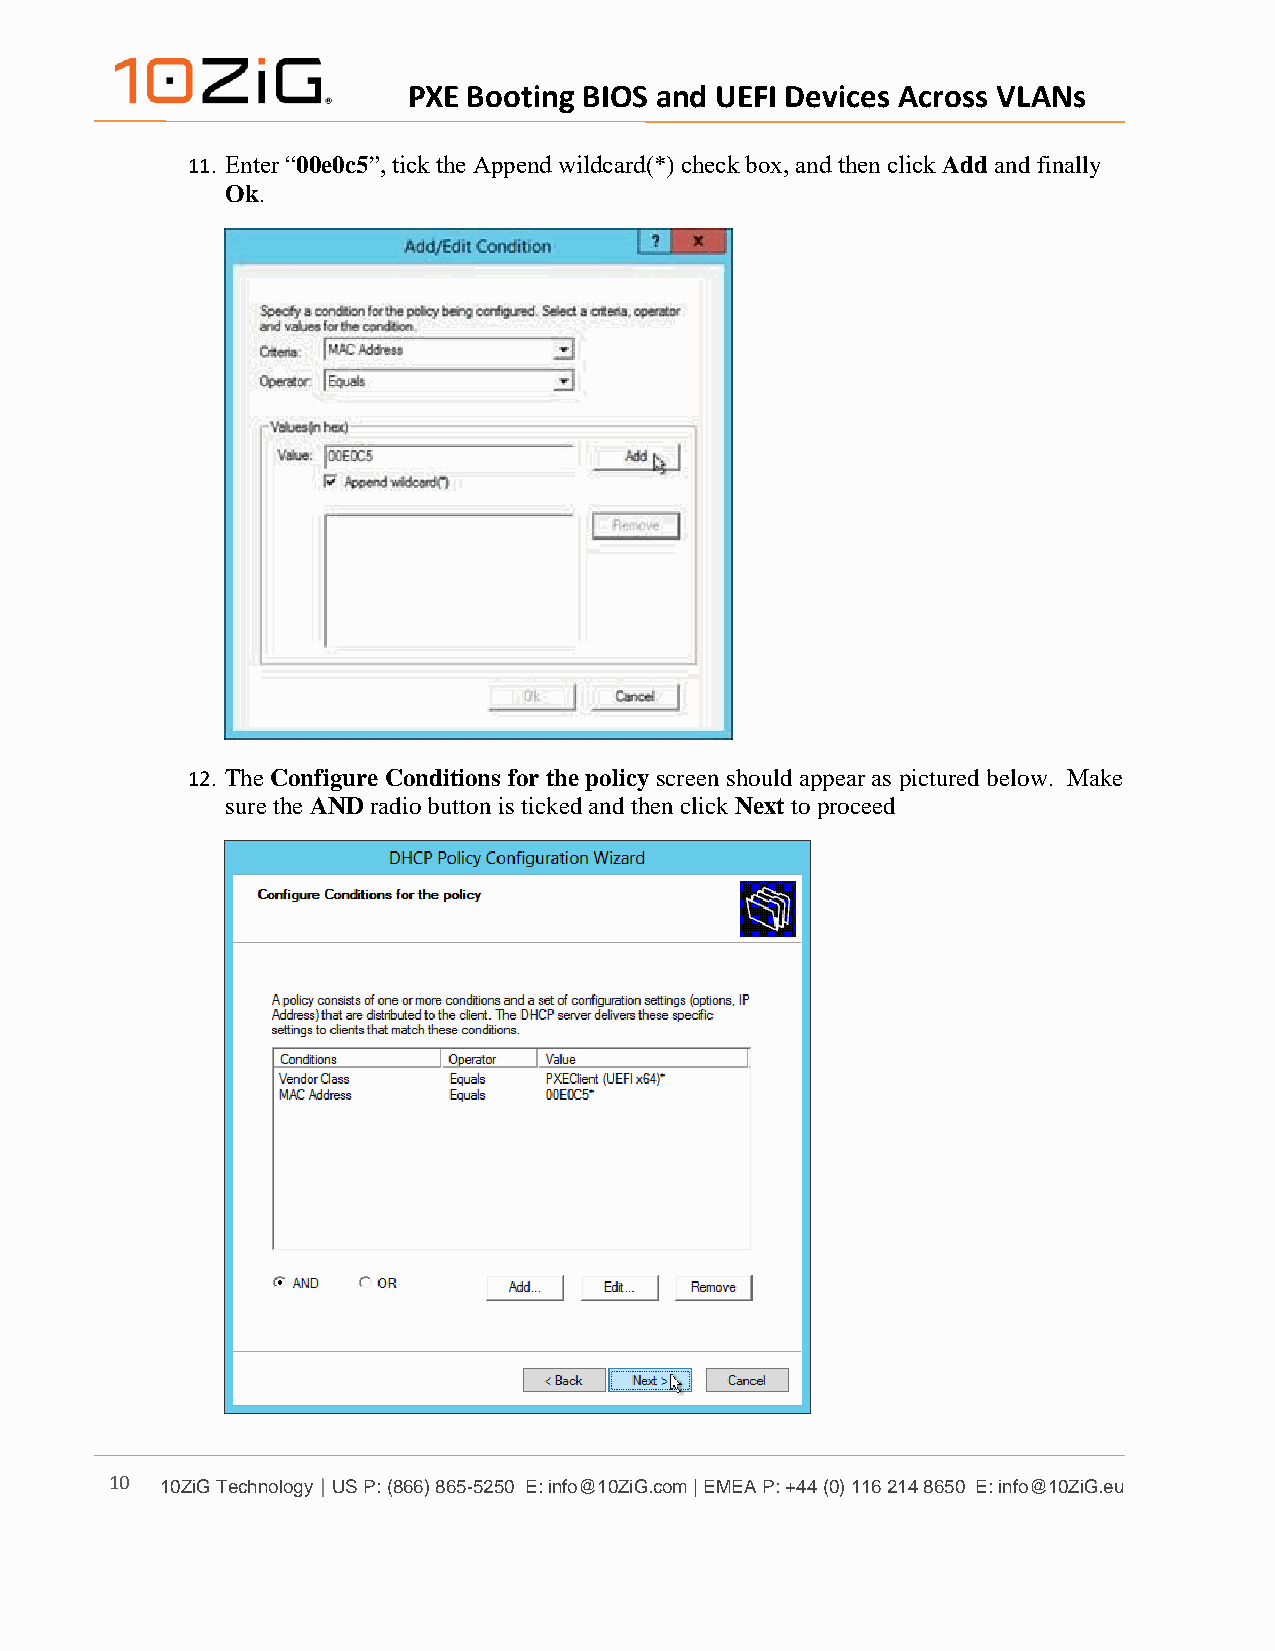
PXE Booting BIOS and UEFI Devices Across VLANs
 11. Enter “00e0c5”, tick the Append wildcard(*) check box, and then click Add and finally
 Ok.
 12. The Configure Conditions for the policy screen should appear as pictured below. Make
 sure the AND radio button is ticked and then click Next to proceed
 10  10ZiG Technology | US P: (866) 865-5250 E: info@10ZiG.com | EMEA P: +44 (0) 116 214 8650 E: info@10ZiG.eu